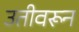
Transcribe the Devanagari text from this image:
उतीवरून